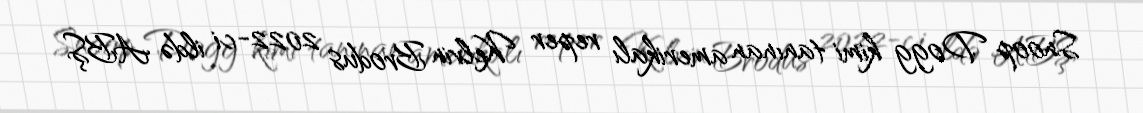
Snoop Dogg kimi tanınan amerikalı reper Kelvin Brodus 2022-ci ildə ABŞ